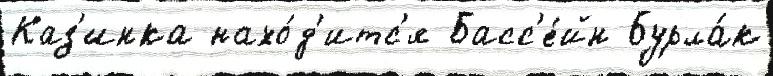
Каз'инка нахо́д'итс'я Басс'е́йн Бурла́к